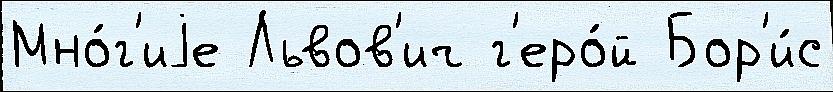
Мно́г'иjе Львов'ич г'еро́й Бор'и́с